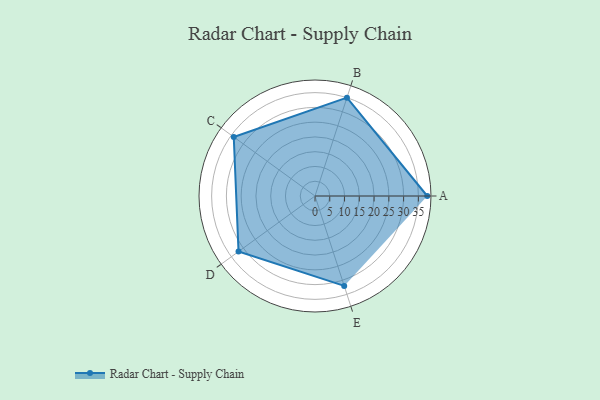
{"axis": {"x": "Skill", "y": "Score"}, "legend": ["Profile"], "data": [{"x": "A", "y": 38.0, "type": "Profile"}, {"x": "B", "y": 35.0, "type": "Profile"}, {"x": "C", "y": 34.0, "type": "Profile"}, {"x": "D", "y": 32.0, "type": "Profile"}, {"x": "E", "y": 32.0, "type": "Profile"}]}